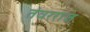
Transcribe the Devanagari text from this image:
तंवरराज